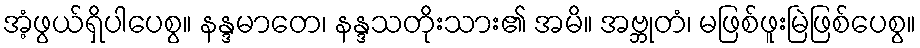
အံ့ဖွယ်ရှိပါပေစွ။ နန္ဒမာတေ၊ နန္ဒသတိုးသား၏ အမိ။ အဗ္ဘုတံ၊ မဖြစ်ဖူးမြဲဖြစ်ပေစွ။